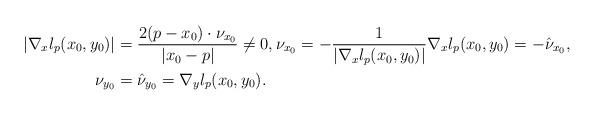
LaTeX: \begin{align*}\displaystyle\vert \nabla_xl_p(x_0,y_0)\vert&=\frac{2(p-x_0)\cdot\nu_{x_0}}{\vert x_0-p\vert}\not=0,\displaystyle\nu_{x_0}=-\frac{1}{\vert\nabla_x l_p(x_0,y_0)\vert}\nabla_x l_p(x_0,y_0)=-\hat{\nu}_{x_0},\\\displaystyle\nu_{y_0}&=\hat{\nu}_{y_0}=\nabla_yl_p(x_0,y_0).\end{align*}